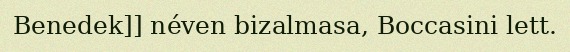
Benedek]] néven bizalmasa, Boccasini lett.